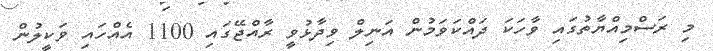
މި ރަސްމިއްޔާތުގައި ވާހަކަ ދައްކަވަމުން އަނިލް ވިދާޅުވީ ރާއްޖޭގައި 1100 އެއްހައި ވަކީލުން